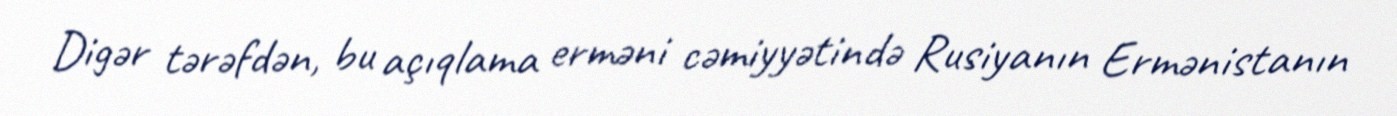
Digər tərəfdən, bu açıqlama erməni cəmiyyətində Rusiyanın Ermənistanın